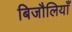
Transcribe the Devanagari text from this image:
बिजौलियाँ